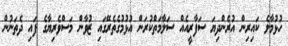
ހުޅުމާލެ ކައިރިން އުރެންދިޔަ ސަފާރީއެއް ސަލާމަތްކުރަން އުޅުމުގެތެރޭގައި ޒުވާން މަސްވެރިޔާގެ ފައި ދެތަނުން